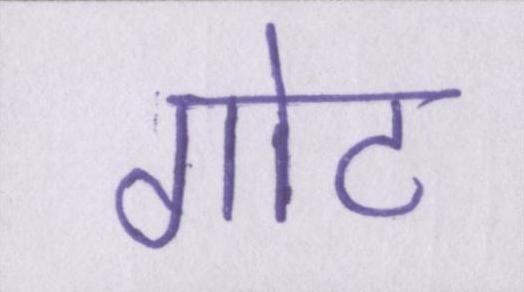
गोट